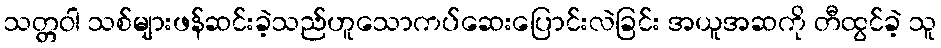
သတ္တဝါ သစ်များဖန်ဆင်းခဲ့သည်ဟူသောကပ်ဆေးပြောင်းလဲခြင်း အယူအဆကို တီထွင်ခဲ့ သူ